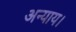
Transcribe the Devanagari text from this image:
अन्याय।